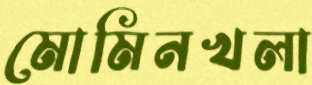
মোমিনখলা